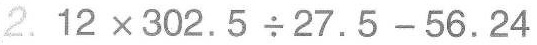
2.$$1 2 \times 3 0 2 . 5 \div 2 7 . 5 - 5 6 . 2 4 =$$